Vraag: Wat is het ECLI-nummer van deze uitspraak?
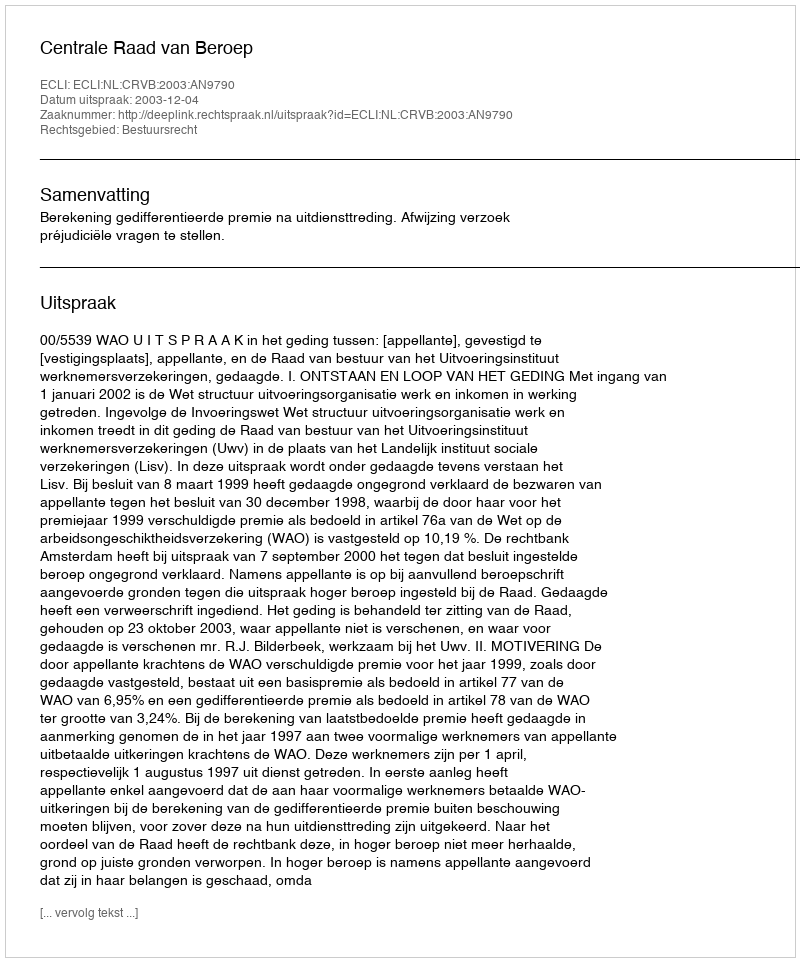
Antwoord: ECLI:NL:CRVB:2003:AN9790